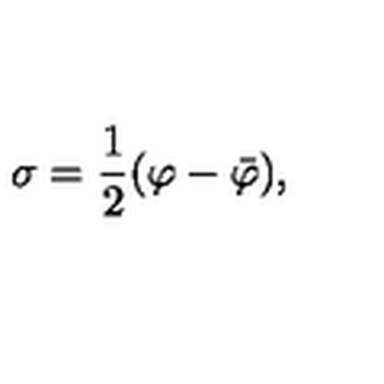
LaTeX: \sigma = { \frac { 1 } { 2 } } ( \varphi - \bar { \varphi } ) ,